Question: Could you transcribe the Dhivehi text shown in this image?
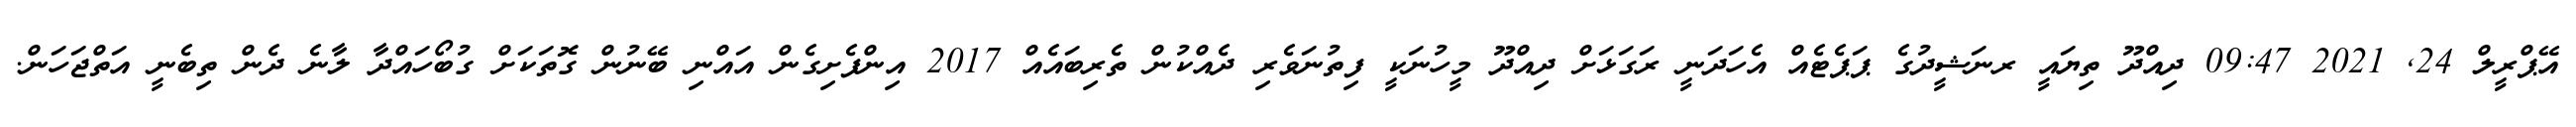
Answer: އޭޕްރީލް 24, 2021 09:47 ދިއްދޫ ތިޔައީ ރނަޝީދުގެ ޕަޕެޓެއް އެހަދަނީ ރަގަޅަށް ދިއްދޫ މީހުނަކީ ފިތުނަވެރި ދެއްކުން ތެރިބައެއް 2017 އިންފެށިގެން އައްނި ބޭނުން ގޮތަކަށް ގުބޯހައްދާ ލާނެ ދެން ތިބެނީ އަތްޖަހަން.